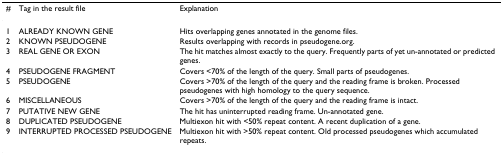
| # | Tag in the result file | Explanation |
 | --- | --- | --- |
 | 1 | ALREADY KNOWN GENE | Hits overlapping genes annotated in the genome files. |
 | 2 | KNOWN PSEUDOGENE | Results overlapping with records in pseudogene.org. |
 | 3 | REAL GENE OR EXON | The hit matches almost exactly to the query. Frequently parts of yet un-annotated or predicted genes. |
 | 4 | PSEUDOGENE FRAGMENT | Covers <70% of the length of the query. Small parts of pseudogenes. |
 | 5 | PSEUDOGENE | Covers >70% of the length of the query and the reading frame is broken. Processed pseudogenes with high homology to the query sequence. |
 | 6 | MISCELLANEOUS | Covers >70% of the length of the query and the reading frame is intact. |
 | 7 | PUTATIVE NEW GENE | The hit has uninterrupted reading frame. Un-annotated gene. |
 | 8 | DUPLICATED PSEUDOGENE | Multiexon hit with <50% repeat content. A recent duplication of a gene. |
 | 9 | INTERRUPTED PROCESSED PSEUDOGENE | Multiexon hit with >50% repeat content. Old processed pseudogenes which accumulated repeats. |